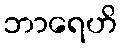
ဘာရေဟိ